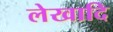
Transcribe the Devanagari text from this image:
लेखादि